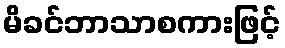
မိခင်ဘာသာစကားဖြင့်